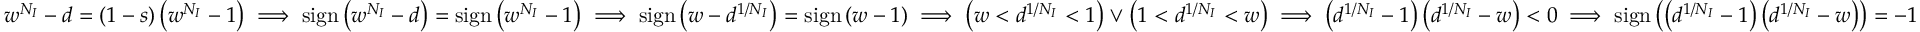
w ^ { N _ { I } } - d = ( 1 - s ) \left( w ^ { N _ { I } } - 1 \right) \implies \mathrm { s i g n } \left( w ^ { N _ { I } } - d \right) = \mathrm { s i g n } \left( w ^ { N _ { I } } - 1 \right) \implies \mathrm { s i g n } \left( w - d ^ { 1 / N _ { I } } \right) = \mathrm { s i g n } \left( w - 1 \right) \implies \left( w < d ^ { 1 / N _ { I } } < 1 \right) \lor \left( 1 < d ^ { 1 / N _ { I } } < w \right) \implies \left( d ^ { 1 / N _ { I } } - 1 \right) \left( d ^ { 1 / N _ { I } } - w \right) < 0 \implies \mathrm { s i g n } \left( \left( d ^ { 1 / N _ { I } } - 1 \right) \left( d ^ { 1 / N _ { I } } - w \right) \right) = - 1